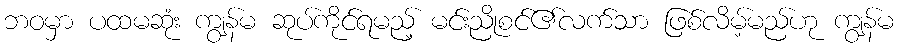
ဘဝမှာ ပထမဆုံး ကျွန်မ ဆုပ်ကိုင်ရမည့် မင်းညိုစင်၏လက်သာ ဖြစ်လိမ့်မည်ဟု ကျွန်မ